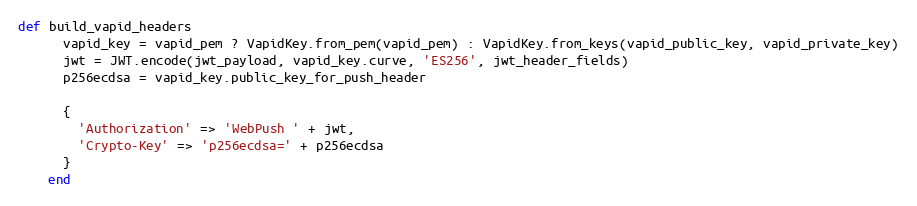
Language: Ruby
def build_vapid_headers
      vapid_key = vapid_pem ? VapidKey.from_pem(vapid_pem) : VapidKey.from_keys(vapid_public_key, vapid_private_key)
      jwt = JWT.encode(jwt_payload, vapid_key.curve, 'ES256', jwt_header_fields)
      p256ecdsa = vapid_key.public_key_for_push_header

      {
        'Authorization' => 'WebPush ' + jwt,
        'Crypto-Key' => 'p256ecdsa=' + p256ecdsa
      }
    end